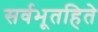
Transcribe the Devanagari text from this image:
सर्वभूतहिते